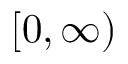
[ 0 , \infty )